Account of plague administration in the Bombay Presidency from September 1896 till May 1897
Year: 1896
Disease focus: Plague
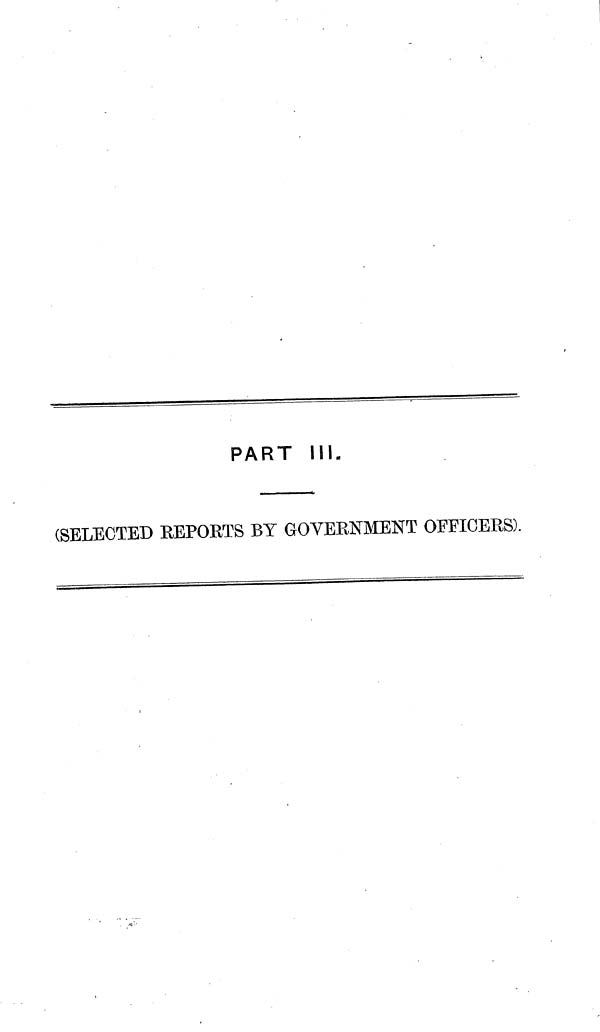
PART III.
(SELECTED REPORTS BY GOVERNMENT OFFICERS).